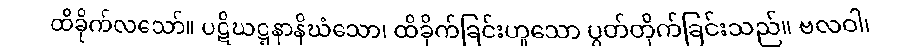
ထိခိုက်လသော်။ ပဋိဃဋ္ဋနာနိဃံသော၊ ထိခိုက်ခြင်းဟူသော ပွတ်တိုက်ခြင်းသည်။ ဗလဝါ၊